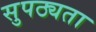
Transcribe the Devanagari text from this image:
सुपठ्यता